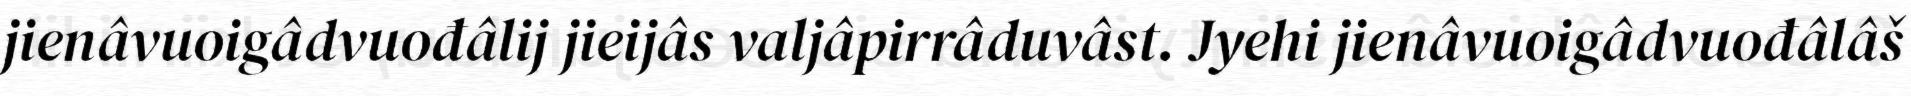
jienâvuoigâdvuođâlij jieijâs valjâpirrâduvâst. Jyehi jienâvuoigâdvuođâlâš